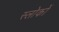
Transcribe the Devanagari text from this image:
स्लोकों